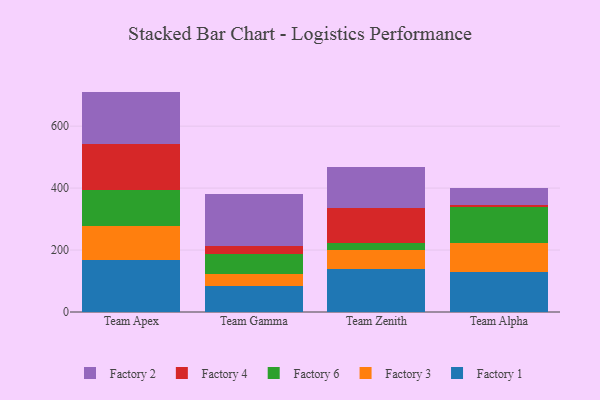
{"axis": {"x": "Team", "y": "Customer Acquisition Cost (USD)"}, "legend": ["Factory 1", "Factory 2", "Factory 3", "Factory 4", "Factory 6"], "data": [{"x": "Team Apex", "y": 168.3, "type": "Factory 1"}, {"x": "Team Apex", "y": 107.8, "type": "Factory 3"}, {"x": "Team Apex", "y": 117.6, "type": "Factory 6"}, {"x": "Team Apex", "y": 149.1, "type": "Factory 4"}, {"x": "Team Apex", "y": 168.8, "type": "Factory 2"}, {"x": "Team Gamma", "y": 83.3, "type": "Factory 1"}, {"x": "Team Gamma", "y": 39.1, "type": "Factory 3"}, {"x": "Team Gamma", "y": 65.9, "type": "Factory 6"}, {"x": "Team Gamma", "y": 23.8, "type": "Factory 4"}, {"x": "Team Gamma", "y": 169.8, "type": "Factory 2"}, {"x": "Team Zenith", "y": 137.7, "type": "Factory 1"}, {"x": "Team Zenith", "y": 63.0, "type": "Factory 3"}, {"x": "Team Zenith", "y": 21.1, "type": "Factory 6"}, {"x": "Team Zenith", "y": 115.5, "type": "Factory 4"}, {"x": "Team Zenith", "y": 129.9, "type": "Factory 2"}, {"x": "Team Alpha", "y": 130.0, "type": "Factory 1"}, {"x": "Team Alpha", "y": 91.5, "type": "Factory 3"}, {"x": "Team Alpha", "y": 116.4, "type": "Factory 6"}, {"x": "Team Alpha", "y": 7.5, "type": "Factory 4"}, {"x": "Team Alpha", "y": 55.9, "type": "Factory 2"}]}